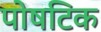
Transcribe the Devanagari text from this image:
पोषटिक